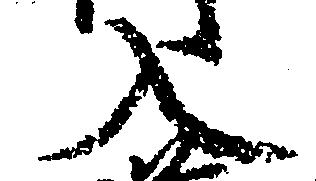
入